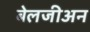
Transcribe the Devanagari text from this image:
बेलजीअन